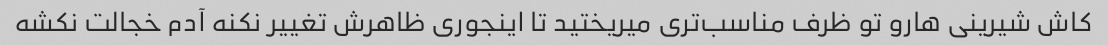
کاش شیرینی هارو تو ظرف مناسب‌تری میریختید تا اینجوری ظاهرش تغییر نکنه آدم خجالت نکشه